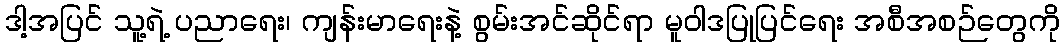
ဒါ့အပြင် သူ့ရဲ့ ပညာရေး၊ ကျန်းမာရေးနဲ့ စွမ်းအင်ဆိုင်ရာ မူဝါဒပြုပြင်ရေး အစီအစဉ်တွေကို